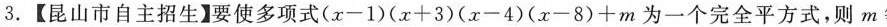
3.【昆山市自主招生】要使多项式(x-1)(。x+3)(x-4)(x-8)+m为一个完全平方式，则m等